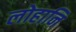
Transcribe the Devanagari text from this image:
लोहानि